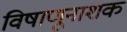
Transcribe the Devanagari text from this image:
विषाणूनाशक